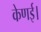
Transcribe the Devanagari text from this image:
केणई।